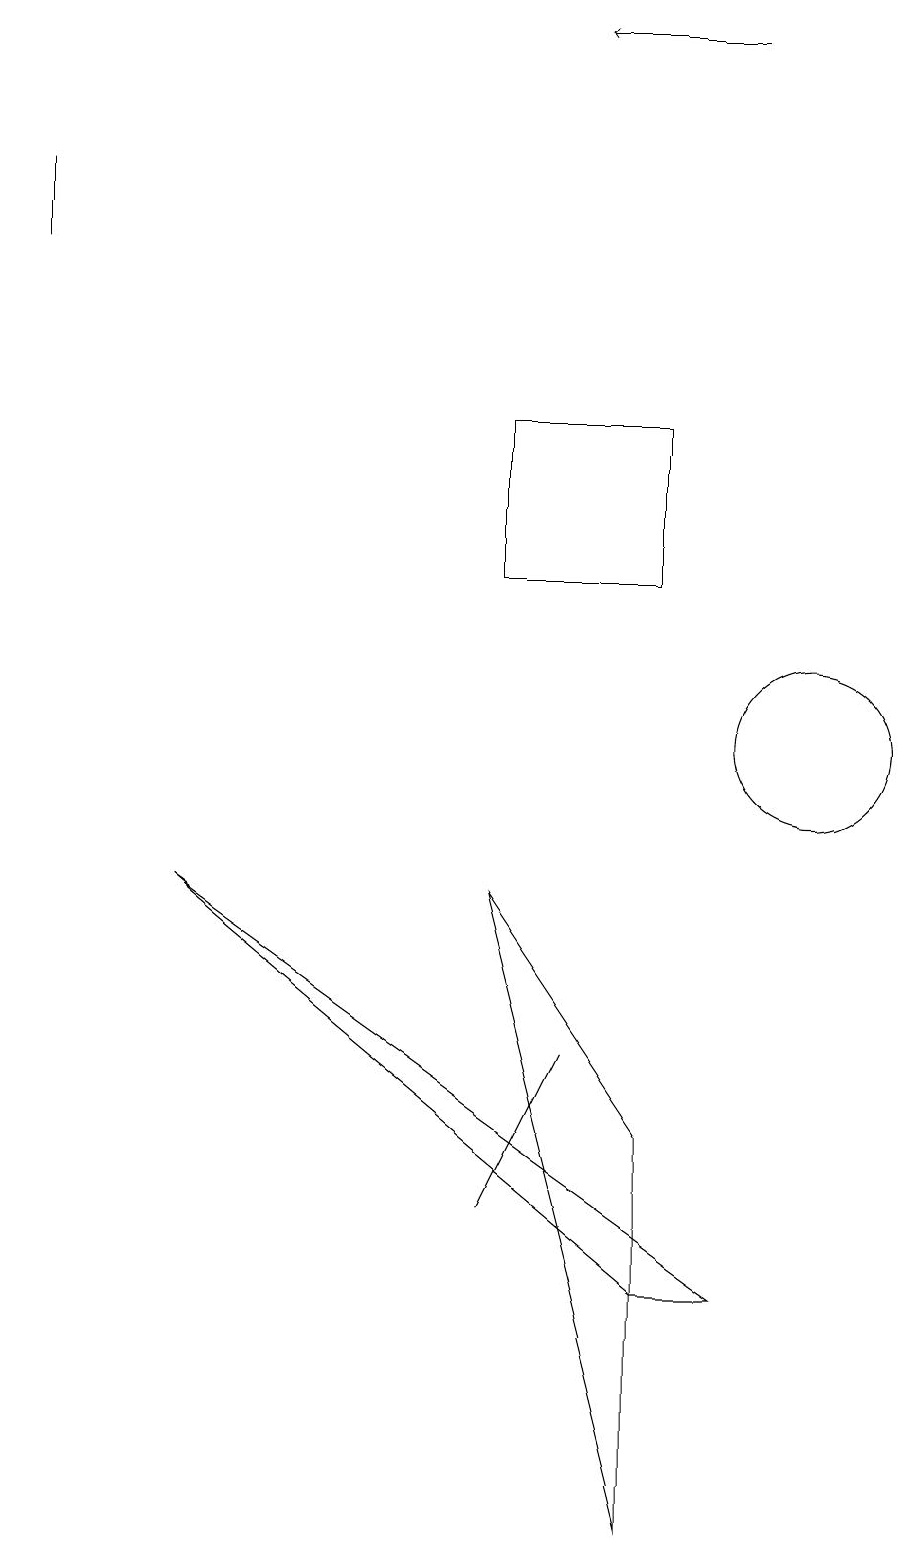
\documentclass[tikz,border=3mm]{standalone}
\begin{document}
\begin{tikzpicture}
\draw (8,12) rectangle (6,14);
\draw (6,8) -- (8,5) -- (8,0) -- cycle;
\draw[->] (9,19) -- (7,19);
\draw (6,4) -- (7,6) -- (6,4) -- cycle;
\draw (2,8) -- (8,3) -- (9,3) -- cycle;
\draw (10,10) circle (1);
\draw (0,17) rectangle (0,16);
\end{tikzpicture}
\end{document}